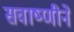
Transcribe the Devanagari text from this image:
सवाष्णीने